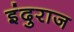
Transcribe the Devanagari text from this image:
इंदुराज